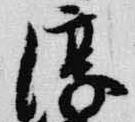
淳